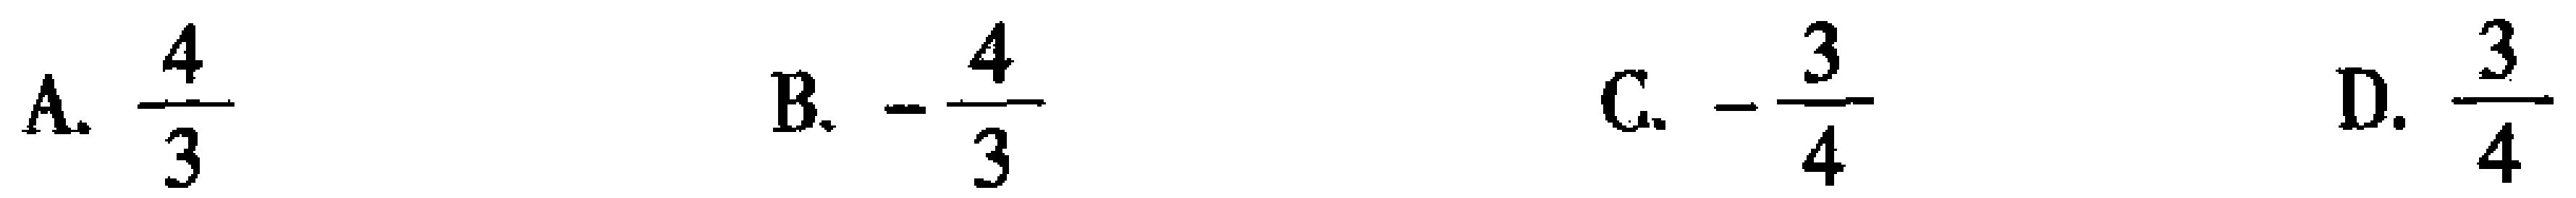
A. $\frac{4}{3}$  B. $-\frac{4}{3}$  C. $-\frac{3}{4}$  D. $\frac{3}{4}$